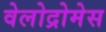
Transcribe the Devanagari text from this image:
वेलोद्रोमेस